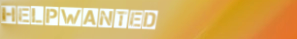
HelpWanted